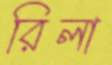
রিলা